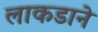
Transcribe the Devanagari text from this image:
लाकडाने